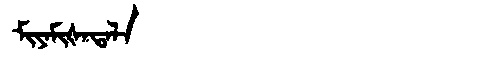
Manchu: ᠮᡳᠶᠠᠮᡳᡧᠠᡨᠠᠯᠠ
Romanization: MIYAMIŠATALA